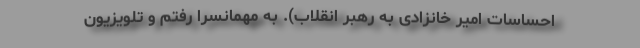
احساسات امیر خانزادی به رهبر انقلاب). به مهمانسرا رفتم و تلویزیون